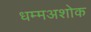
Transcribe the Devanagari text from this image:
धम्मअशोक